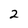
Character: 2